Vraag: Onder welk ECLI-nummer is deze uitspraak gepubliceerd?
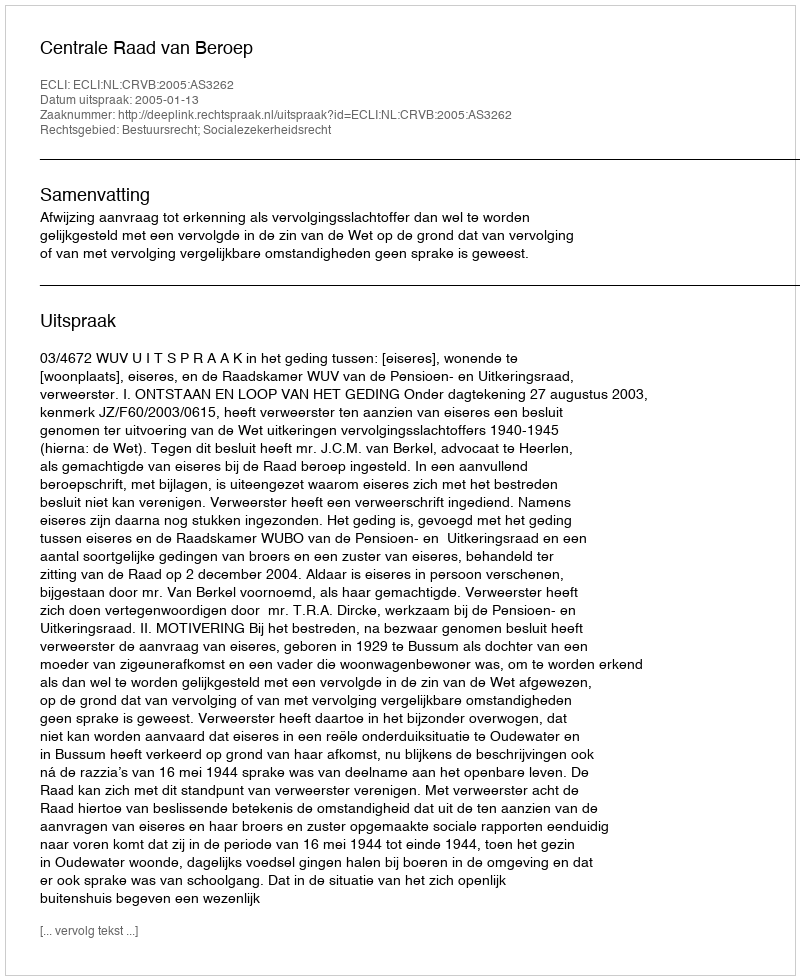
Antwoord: ECLI:NL:CRVB:2005:AS3262